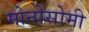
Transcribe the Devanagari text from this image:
मोनोसोमी